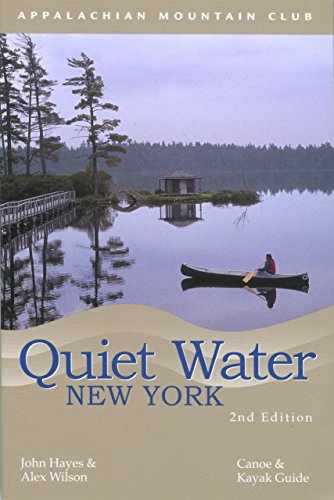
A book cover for Quiet Water New York: Canoe & Kayak Guide (AMC Quiet Water Series); John Hayes; Sports & Outdoors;